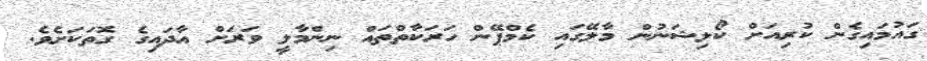
ގައުމައިގެން ކުރިއަށް ކޯލިޝަނުން މާލޭގައި ކެމްޕޭން ހަރަކާތްތައް ނިންމާލީ ވަރަށް އާދައިގެ ގޮތަކަށެވެ.